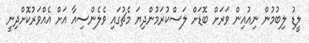
ލީޑު ލިބުމުން ނިއުއިން ވަރަށް ބޮޑަށް ލަސްކުރަމުންދިޔަ މެޗުގައި ވެލެންސިއާ އަށް އެއްވަރުކޮށްދިނީ